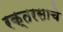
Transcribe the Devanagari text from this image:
रक्तरसाचे